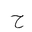
Letter: _ha